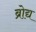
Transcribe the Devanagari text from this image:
ब्रोद्य